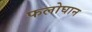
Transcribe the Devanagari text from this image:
फलोघान